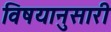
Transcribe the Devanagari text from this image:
विषयानुसारी